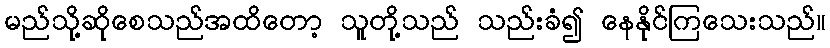
မည်သို့ဆိုစေသည်အထိတော့ သူတို့သည် သည်းခံ၍ နေနိုင်ကြသေးသည်။